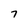
Character: 7